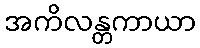
အကိလန္တကာယာ